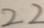
2 2